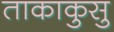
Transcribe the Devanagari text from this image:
ताकाकुसु